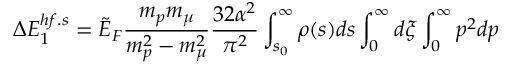
\Delta E _ { 1 } ^ { h f . s } = \tilde { E } _ { F } \frac { m _ { p } m _ { \mu } } { m _ { p } ^ { 2 } - m _ { \mu } ^ { 2 } } \frac { 3 2 \alpha ^ { 2 } } { \pi ^ { 2 } } \int _ { s _ { 0 } } ^ { \infty } \rho ( s ) d s \int _ { 0 } ^ { \infty } d \xi \int _ { 0 } ^ { \infty } p ^ { 2 } d p